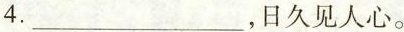
4.___，日久见人心。